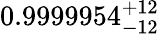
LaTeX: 0.9999954_{-12}^{+12}